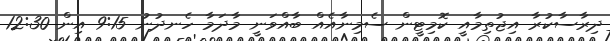
ދިރާސާކުރާ އިޖުތިމާއީ ކޮމިޓީން ސެމިނާއެއް ބާއްވަނީ މާދަމާ ހެނދުނު 9:15 އިން 12:30